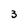
Character: 3